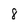
Character: 8